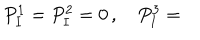
LaTeX: P _ { I } ^ { 1 } = P _ { I } ^ { 2 } = 0 \, , \quad P _ { I } ^ { 3 } =